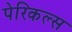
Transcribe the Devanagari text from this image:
पेरिकल्स